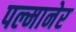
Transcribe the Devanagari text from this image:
पल्मानेर